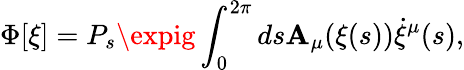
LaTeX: \Phi[\xi]=P_{s}\expig\int_{0}^{2\pi}ds\mathbf{A}_{\mu}(\xi(s))\dot{{\xi}}^{\mu}(s),